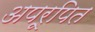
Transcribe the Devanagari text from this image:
अपरूपित